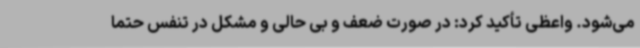
می‌شود. واعظی تأکید کرد: در صورت ضعف و بی حالی و مشکل در تنفس حتماً